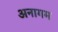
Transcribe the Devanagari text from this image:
अनागम